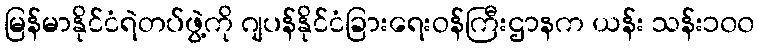
မြန်မာနိုင်ငံရဲတပ်ဖွဲ့ကို ဂျပန်နိုင်ငံခြားရေးဝန်ကြီးဌာနက ယန်း သန်း၁၀၀